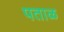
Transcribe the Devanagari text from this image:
पताळ